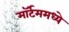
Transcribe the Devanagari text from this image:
मॉर्टममध्ये